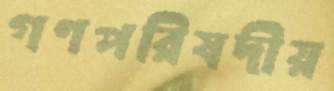
গণপরিষদীয়